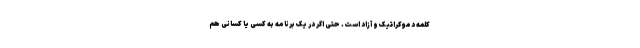
کلمه دموکراتیک و آزاد است. حتی اگر در یک برنامه به کسی یا کسانی هم